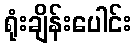
ရုံးချိန်းပေါင်း